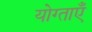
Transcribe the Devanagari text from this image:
योग्ताएँ